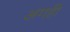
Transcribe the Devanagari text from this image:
अंगही